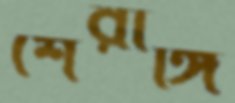
শেরাঙ্গি